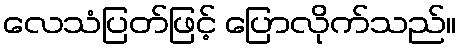
လေသံပြတ်ဖြင့် ပြောလိုက်သည်။